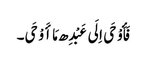
فَأَوْحَی اِلَی عَبْدِھ مَا أَوْحَی۔